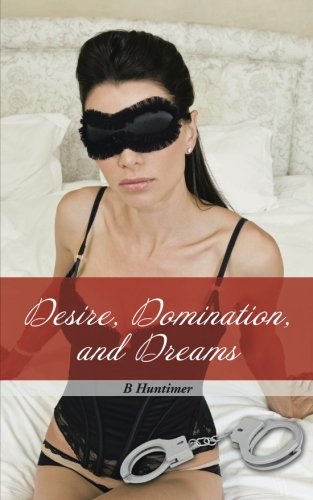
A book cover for Desire, Domination, and Dreams; B. Huntimer; Romance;